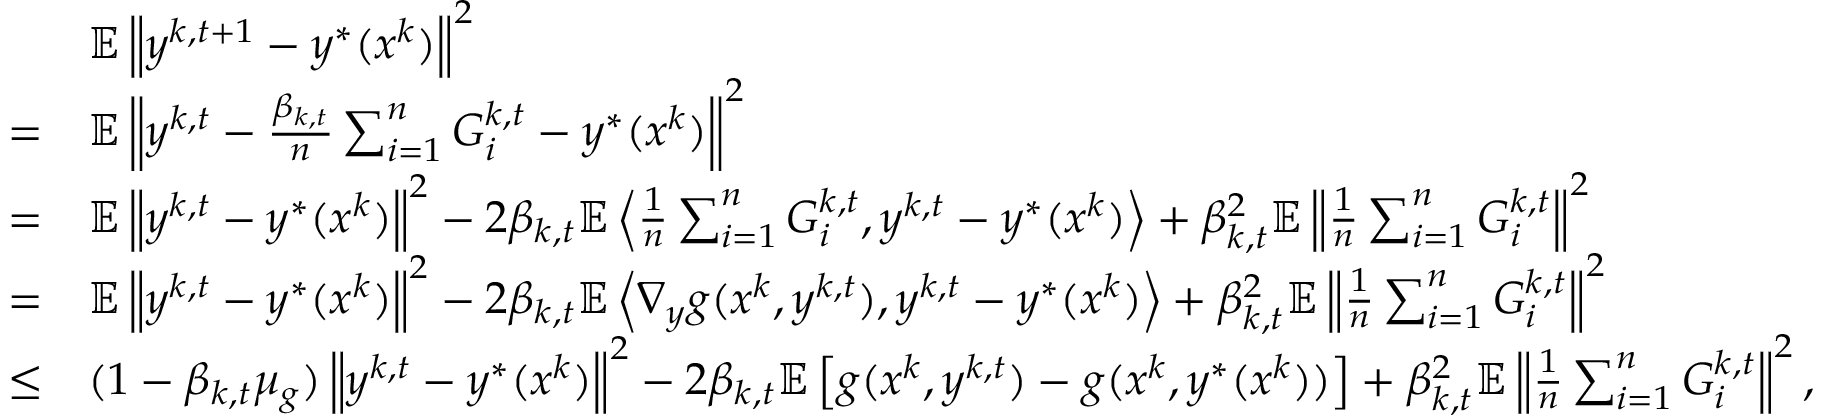
\begin{array} { r l } & { \mathbb { E } \left\| y ^ { k , t + 1 } - y ^ { * } ( x ^ { k } ) \right\| ^ { 2 } } \\ { = } & { \mathbb { E } \left\| y ^ { k , t } - \frac { \beta _ { k , t } } { n } \sum _ { i = 1 } ^ { n } G _ { i } ^ { k , t } - y ^ { * } ( x ^ { k } ) \right\| ^ { 2 } } \\ { = } & { \mathbb { E } \left\| y ^ { k , t } - y ^ { * } ( x ^ { k } ) \right\| ^ { 2 } - 2 \beta _ { k , t } \mathbb { E } \left\langle \frac { 1 } { n } \sum _ { i = 1 } ^ { n } G _ { i } ^ { k , t } , y ^ { k , t } - y ^ { * } ( x ^ { k } ) \right\rangle + \beta _ { k , t } ^ { 2 } \mathbb { E } \left\| \frac { 1 } { n } \sum _ { i = 1 } ^ { n } G _ { i } ^ { k , t } \right\| ^ { 2 } } \\ { = } & { \mathbb { E } \left\| y ^ { k , t } - y ^ { * } ( x ^ { k } ) \right\| ^ { 2 } - 2 \beta _ { k , t } \mathbb { E } \left\langle \nabla _ { y } g ( x ^ { k } , y ^ { k , t } ) , y ^ { k , t } - y ^ { * } ( x ^ { k } ) \right\rangle + \beta _ { k , t } ^ { 2 } \mathbb { E } \left\| \frac { 1 } { n } \sum _ { i = 1 } ^ { n } G _ { i } ^ { k , t } \right\| ^ { 2 } } \\ { \leq } & { ( 1 - \beta _ { k , t } \mu _ { g } ) \left\| y ^ { k , t } - y ^ { * } ( x ^ { k } ) \right\| ^ { 2 } - 2 \beta _ { k , t } \mathbb { E } \left[ g ( x ^ { k } , y ^ { k , t } ) - g ( x ^ { k } , y ^ { * } ( x ^ { k } ) ) \right] + \beta _ { k , t } ^ { 2 } \mathbb { E } \left\| \frac { 1 } { n } \sum _ { i = 1 } ^ { n } G _ { i } ^ { k , t } \right\| ^ { 2 } , } \end{array}